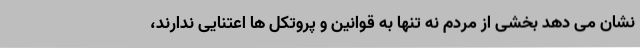
نشان می دهد بخشی از مردم نه تنها به قوانین و پروتکل ها اعتنایی ندارند،